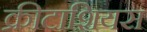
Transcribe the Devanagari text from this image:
क्रीटाशियस